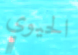
الحيوي